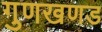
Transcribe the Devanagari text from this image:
गुणखणड